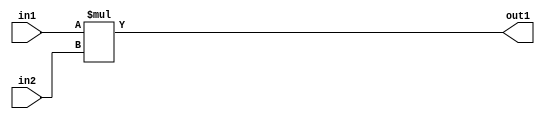
`timescale 1ps / 1ps
/*****************************************************************************
    Verilog RTL Description
    
    
    Created by: Stratus DpOpt 2019.1.01 
*******************************************************************************/

module GaussFilter_Mul_2Ux2U_4U_1 (
	in2,
	in1,
	out1
	); /* architecture "behavioural" */ 
input [1:0] in2,
	in1;
output [3:0] out1;
wire [3:0] asc001;

assign asc001 = 
	+(in1 * in2);

assign out1 = asc001;
endmodule

/* CADENCE  urj5Tgg= : u9/ySgnWtBlWxVPRXgAZ4Og= ** DO NOT EDIT THIS LINE ******/